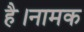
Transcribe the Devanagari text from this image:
है।नामक